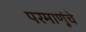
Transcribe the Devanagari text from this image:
परमाणूंचे